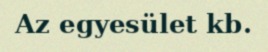
Az egyesület kb.